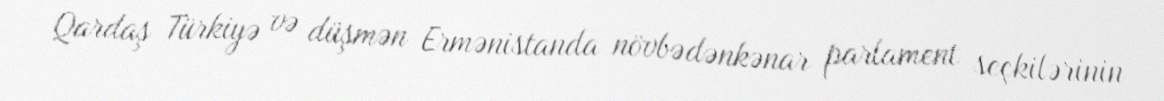
Qardaş Türkiyə və düşmən Ermənistanda növbədənkənar parlament seçkilərinin